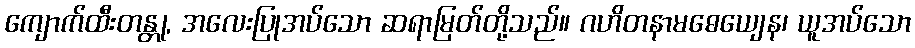
ကျောက်ထီးတန္တု, အလေးပြုအပ်သော ဆရာမြတ်တို့သည်။ ဂဟိတနာမဓေယျေန၊ ယူအပ်သော